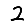
Digit: 2